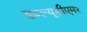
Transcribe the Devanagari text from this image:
डब्ल्यूडीएम२